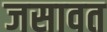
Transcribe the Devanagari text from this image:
जसावत